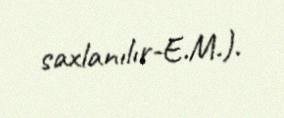
saxlanılır-E.M.).